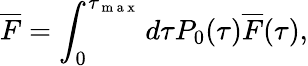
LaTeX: \overline{{F}}=\int_{0}^{\tau_{\mathrm{~m~a~x~}}}d\tau P_{0}(\tau)\overline{{F}}(\tau),